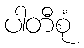
ပါတီစုံ